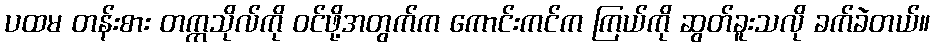
ပထမ တန်းစား တက္ကသိုလ်ကို ဝင်ဖို့အတွက်က ကောင်းကင်က ကြယ်ကို ဆွတ်ခူးသလို ခက်ခဲတယ်။